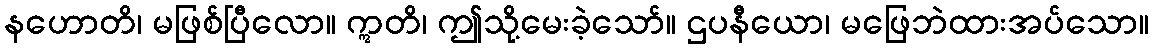
နဟောတိ၊ မဖြစ်ပြီလော။ ဣတိ၊ ဤသို့မေးခဲ့သော်။ ဌပနီယော၊ မဖြေဘဲထားအပ်သော။